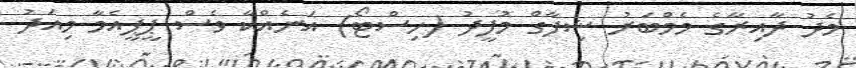
މެދު ދާއިރާގެ މެމްބަރު ޝިފާގް މުފީދު (ހިސްޓޯ) އަނެއްކާ ވެސް ޕީޕީއެމާ މިއަދު